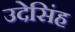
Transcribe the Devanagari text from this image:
उदेसिंह